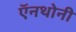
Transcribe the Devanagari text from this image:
ऍनथोनी